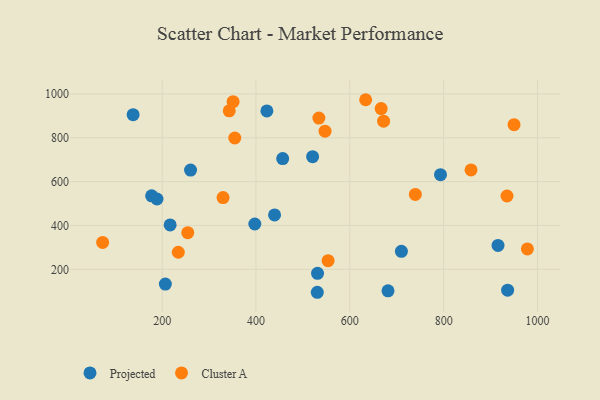
{"axis": {"x": "Distance", "y": "Demand"}, "legend": ["Cluster A", "Projected"], "data": [{"x": "456.9", "y": 705.2, "type": "Projected"}, {"x": "531.2", "y": 182.1, "type": "Projected"}, {"x": "423.2", "y": 922.2, "type": "Projected"}, {"x": "397.5", "y": 406.8, "type": "Projected"}, {"x": "936.4", "y": 105.2, "type": "Projected"}, {"x": "189.0", "y": 520.7, "type": "Projected"}, {"x": "177.6", "y": 535.0, "type": "Projected"}, {"x": "138.1", "y": 905.2, "type": "Projected"}, {"x": "915.9", "y": 309.3, "type": "Projected"}, {"x": "793.3", "y": 631.7, "type": "Projected"}, {"x": "520.7", "y": 713.5, "type": "Projected"}, {"x": "710.0", "y": 282.1, "type": "Projected"}, {"x": "260.5", "y": 652.8, "type": "Projected"}, {"x": "681.4", "y": 102.3, "type": "Projected"}, {"x": "217.0", "y": 402.4, "type": "Projected"}, {"x": "439.6", "y": 448.0, "type": "Projected"}, {"x": "530.7", "y": 95.5, "type": "Projected"}, {"x": "206.8", "y": 133.1, "type": "Projected"}, {"x": "534.1", "y": 889.8, "type": "Cluster A"}, {"x": "858.4", "y": 653.2, "type": "Cluster A"}, {"x": "553.7", "y": 239.7, "type": "Cluster A"}, {"x": "739.7", "y": 541.4, "type": "Cluster A"}, {"x": "935.1", "y": 534.3, "type": "Cluster A"}, {"x": "547.2", "y": 830.0, "type": "Cluster A"}, {"x": "73.1", "y": 322.6, "type": "Cluster A"}, {"x": "254.6", "y": 367.4, "type": "Cluster A"}, {"x": "978.5", "y": 293.1, "type": "Cluster A"}, {"x": "329.8", "y": 527.4, "type": "Cluster A"}, {"x": "354.8", "y": 798.9, "type": "Cluster A"}, {"x": "950.1", "y": 859.6, "type": "Cluster A"}, {"x": "672.0", "y": 875.6, "type": "Cluster A"}, {"x": "234.4", "y": 277.9, "type": "Cluster A"}, {"x": "343.0", "y": 922.6, "type": "Cluster A"}, {"x": "666.8", "y": 932.8, "type": "Cluster A"}, {"x": "351.2", "y": 964.5, "type": "Cluster A"}, {"x": "633.8", "y": 973.3, "type": "Cluster A"}]}